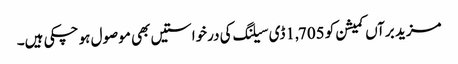
مزید برآں کمیشن کو 1,705ڈی سیلنگ کی درخواستیں بھی موصول ہو چکی ہیں۔